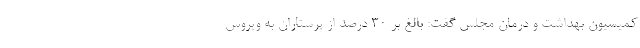
کمیسیون بهداشت و درمان مجلس گفت: بالغ بر ۳۰ درصد از پرستاران به ویروس